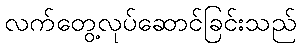
လက်တွေ့လုပ်ဆောင်ခြင်းသည်